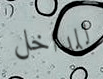
للداخل